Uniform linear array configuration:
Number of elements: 64
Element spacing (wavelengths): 1
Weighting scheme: exponential
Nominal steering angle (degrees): -60
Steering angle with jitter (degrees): -61.568
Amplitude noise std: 0.05
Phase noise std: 0.05

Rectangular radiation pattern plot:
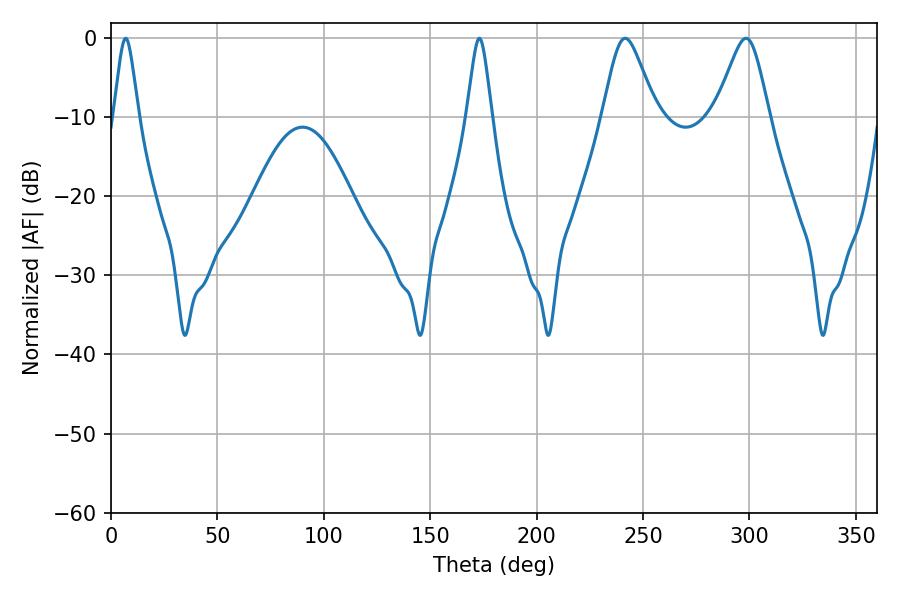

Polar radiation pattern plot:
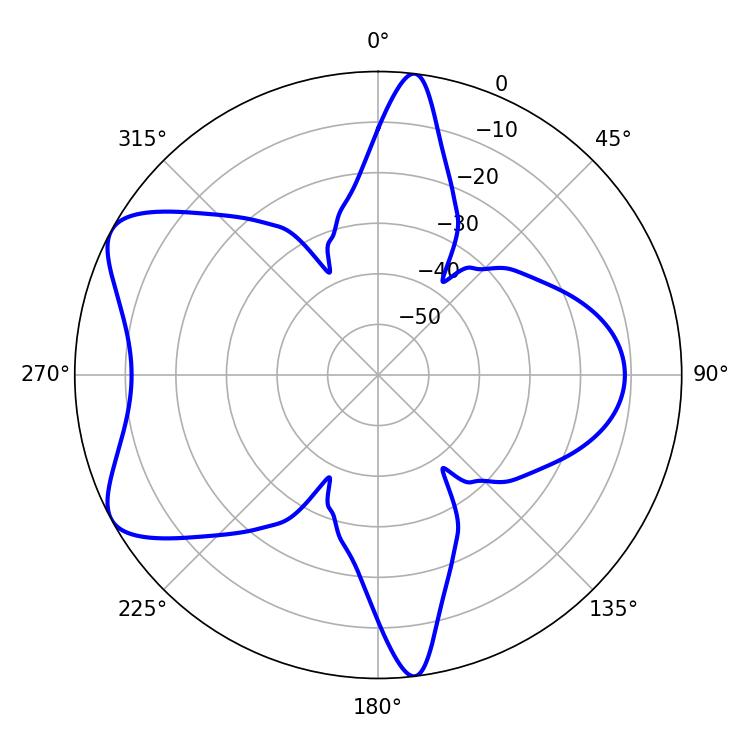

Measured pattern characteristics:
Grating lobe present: TRUE
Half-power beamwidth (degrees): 12.06
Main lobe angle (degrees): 241.56